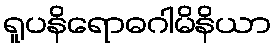
ရူပနိရောဓဂါမိနိယာ